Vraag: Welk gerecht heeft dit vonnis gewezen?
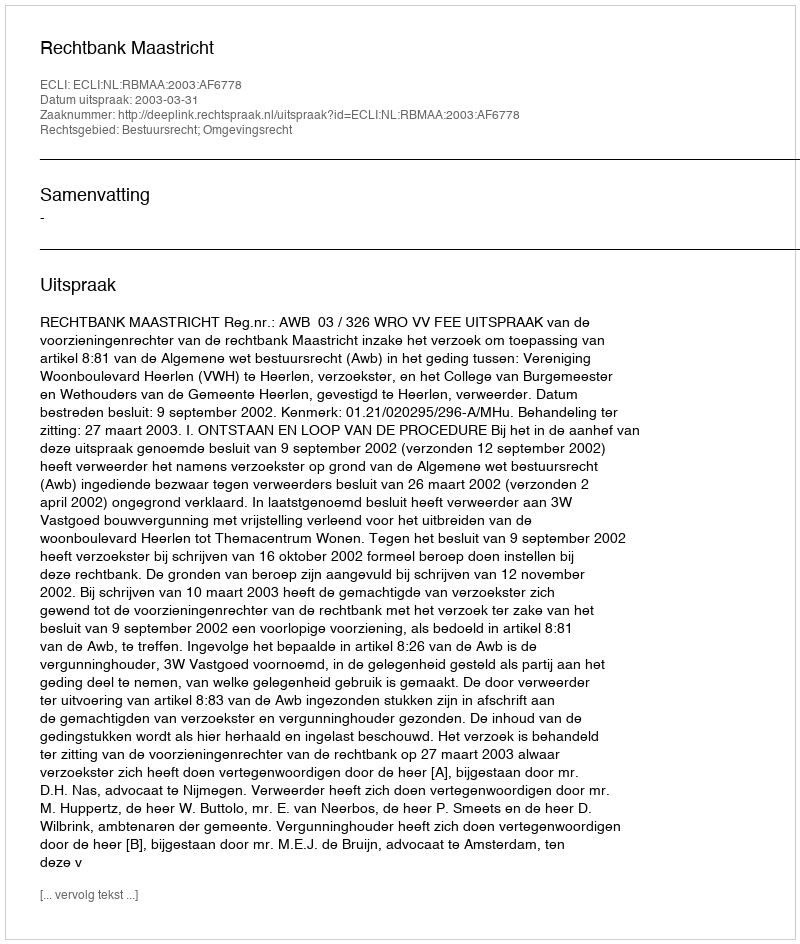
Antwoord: Rechtbank Maastricht